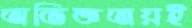
অভিজ্ঞতায়ই